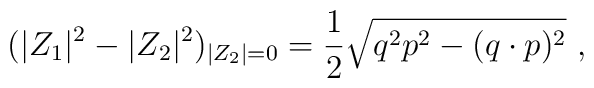
(|Z_1|^2 - |Z_2|^2)_{|Z_2| =0}  = {1\over 2} \sqrt {q^2 p^2 - (q  \cdot p)^2 } \ ,